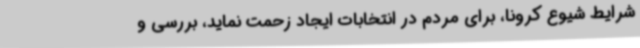
شرایط شیوع کرونا، برای مردم در انتخابات ایجاد زحمت نماید، بررسی و